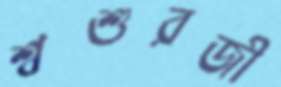
শ্বশুরজী